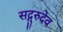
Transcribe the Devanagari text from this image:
सद्गुरुदेव